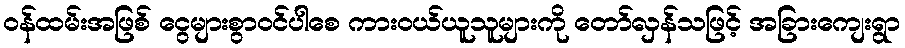
ဝန်ထမ်းအဖြစ် ငွေများစွာဝင်ပါစေ ကားဝယ်ယူသူများကို တော်လှန်သဖြင့် အခြားကျေးရွာ